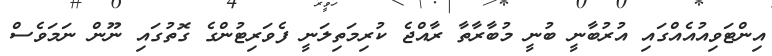
އިންޓަވިއުއެއްގައި އުރުބާނީ ބުނީ މުބާރާތާ ރާއްޖެ ކުރިމަތިލަނީ ފެވަރިޓުންގެ ގޮތުގައި ނޫން ނަމަވެސް